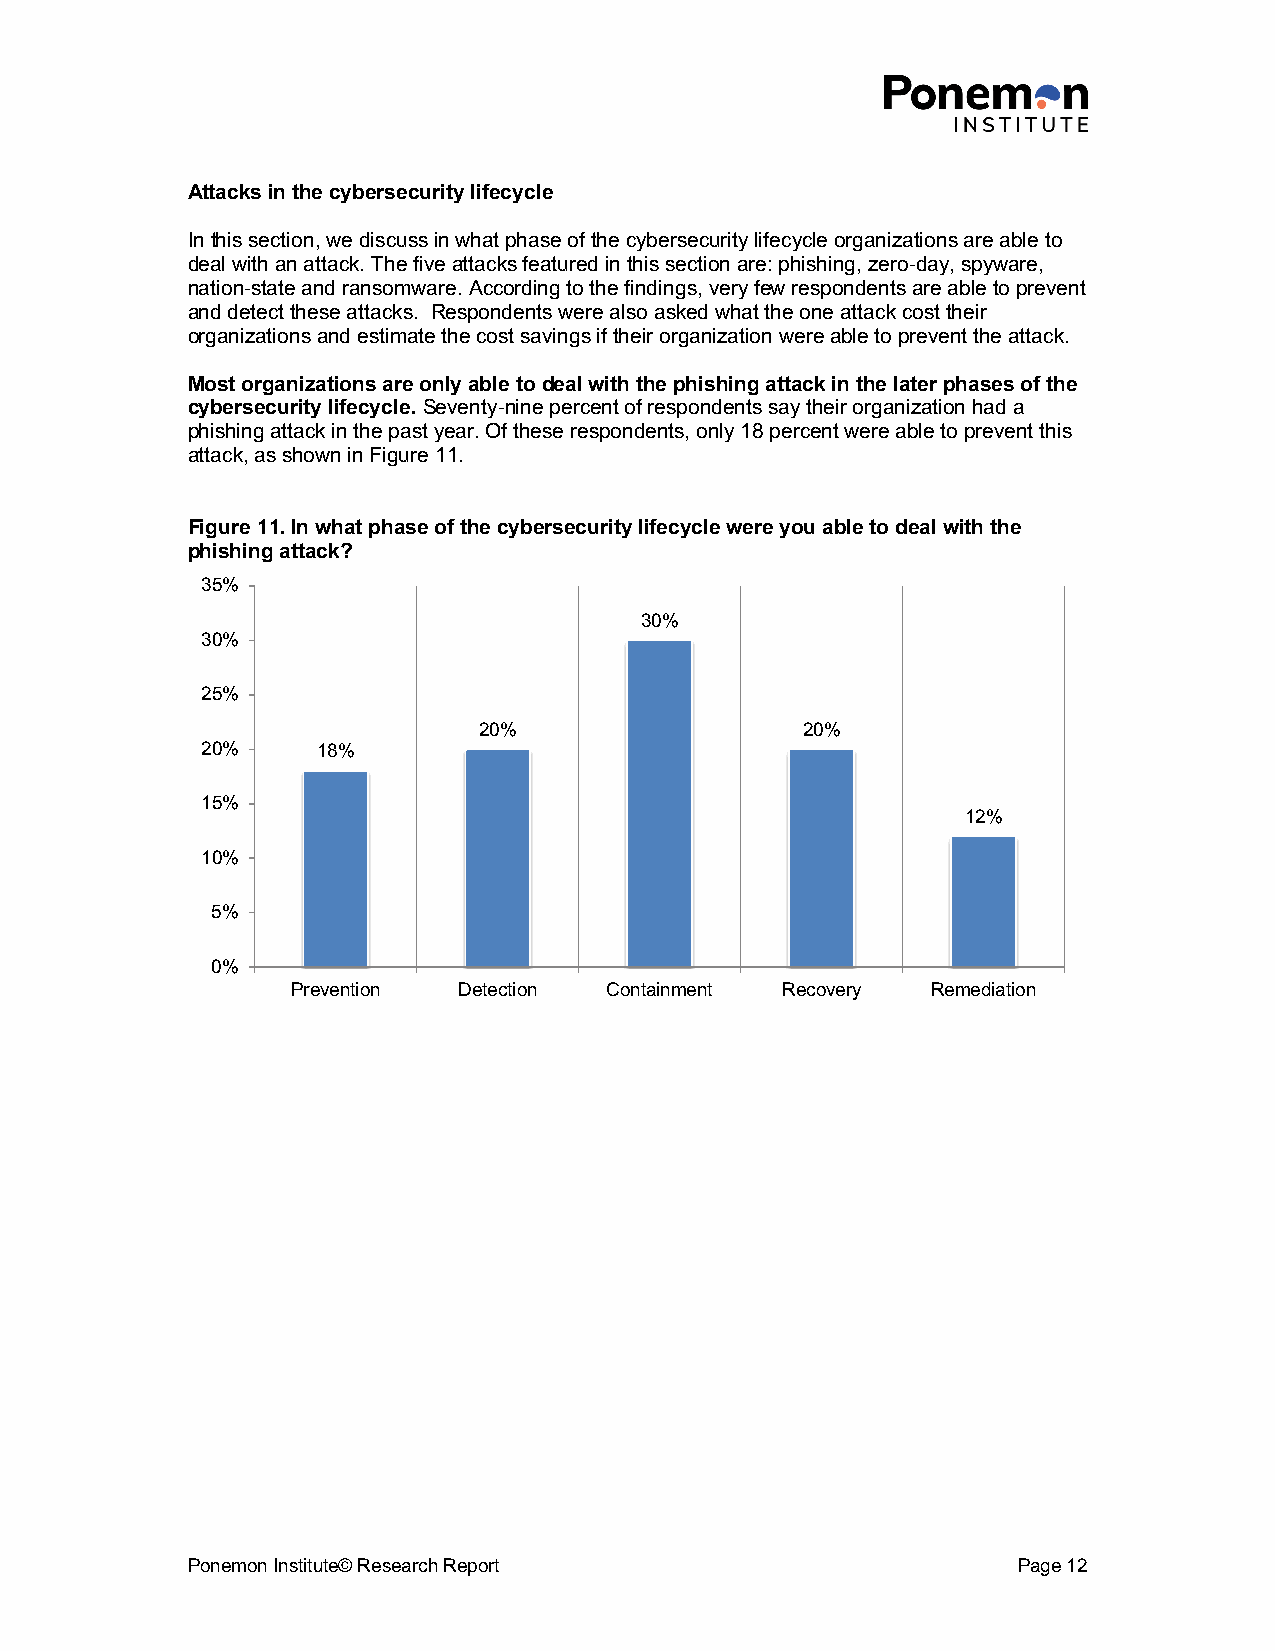
Attacks in the cybersecurity lifecycle
 In this section, we discuss in what phase of the cybersecurity lifecycle organizations are able to
 deal with an attack. The five attacks featured in this section are: phishing, zero-day, spyware,
 nation-state and ransomware. According to the findings, very few respondents are able to prevent
 and detect these attacks. Respondents were also asked what the one attack cost their
 organizations and estimate the cost savings if their organization were able to prevent the attack.
 Most organizations are only able to deal with the phishing attack in the later phases of the
 cybersecurity lifecycle. Seventy-nine percent of respondents say their organization had a
 phishing attack in the past year. Of these respondents, only 18 percent were able to prevent this
 attack, as shown in Figure 11.
 Figure 11. In what phase of the cybersecurity lifecycle were you able to deal with the
 phishing attack?
 35%
 30%
 30%
 25%
 20%                  20%
 20%     18%
 15%
 12%
 10%
 5%
 0%
 Prevention Detection Containment Recovery  Remediation
 Ponemon Institute© Research Report                     Page 12